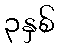
၃နှစ်